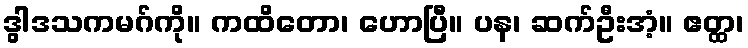
ဒွါဒသကမဂ်ကို။ ကထိတော၊ ဟောပြီ။ ပန၊ ဆက်ဦးအံ့။ ဧတ္ထ၊